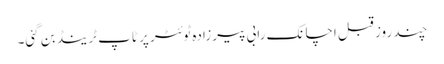
چند روز قبل اچانک رابی پیرزادہ ٹوئٹر پر ٹاپ ٹرینڈ بن گئی۔